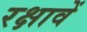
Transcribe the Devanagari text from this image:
रक्षावें